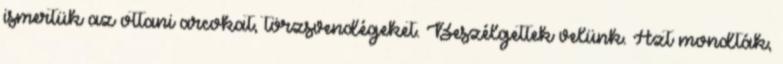
ismertük az ottani arcokat, törzsvendégeket. Beszélgettek velünk. Azt mondták,